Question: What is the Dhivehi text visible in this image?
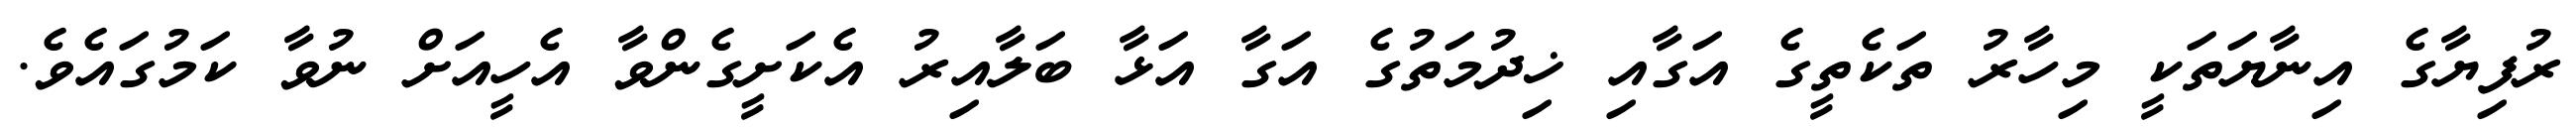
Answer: ރުފިޔާގެ އިނާޔަތަކީ މިހާރު ތަކެތީގެ އަގާއި ޚިދުމަތުގެ އަގާ އަޅާ ބަލާއިރު އެކަށީގެންވާ އެހީއަށް ނުވާ ކަމުގައެވެ.